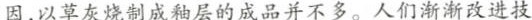
因，以草灰烧制成釉层的成品并不多。人们渐渐改进技